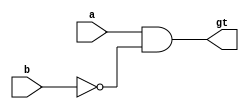
module gt(
    input wire a,b,
    output gt
);
assign gt = a&~b;
endmodule